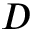
D